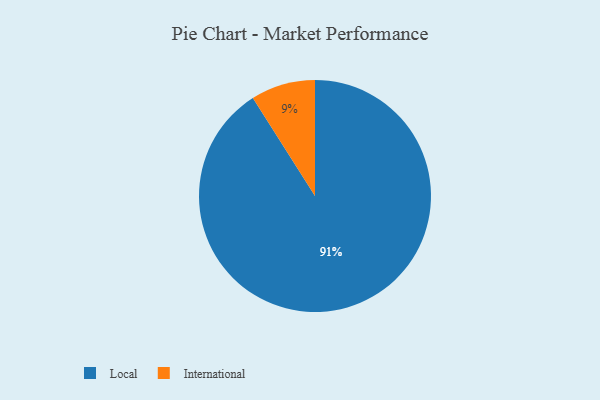
{"axis": {"x": "Category", "y": "Percentage"}, "legend": ["International", "Local"], "data": [{"x": "Local", "y": 91, "type": "Local"}, {"x": "International", "y": 9, "type": "International"}]}